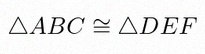
\triangle ABC\cong\triangle DEF